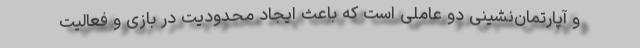
و آپارتمان‌نشینی دو عاملی است که باعث ایجاد محدودیت در بازی و فعالیت